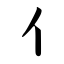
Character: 亻